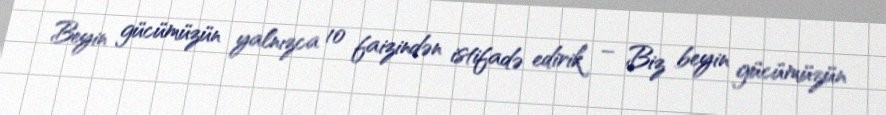
Beyin gücümüzün yalnızca 10 faizindən istifadə edirik – Biz beyin gücümüzün